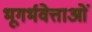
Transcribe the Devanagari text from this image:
भूगर्भवेत्ताओं